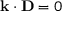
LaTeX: \mathbf { k } \cdot \mathbf { D } = 0